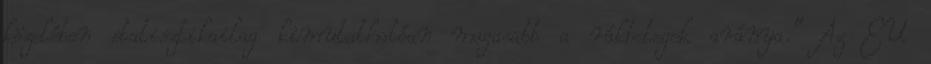
közelében statisztikailag kimutathatóan magasabb a rákbetegek aránya.” Az EU